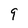
Character: 9